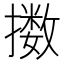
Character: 擞